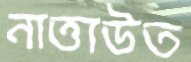
নাত্তাউত